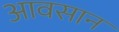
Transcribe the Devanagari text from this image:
आवसान